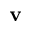
\bf v